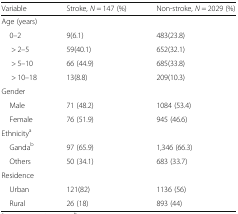
| Variable | Stroke, N = 147 (%) | Non-stroke, N = 2029 (%) |
 | --- | --- | --- |
 | <COLSPAN=3> Age (years) |
 | 0–2 | 9(6.1) | 483(23.8) |
 | > 2–5 | 59(40.1) | 652(32.1) |
 | > 5–10 | 66 (44.9) | 685(33.8) |
 | > 10–18 | 13(8.8) | 209(10.3) |
 | <COLSPAN=3> Gender |
 | Male | 71 (48.2) | 1084 (53.4) |
 | Female | 76 (51.9) | 945 (46.6) |
 | <COLSPAN=3> Ethnicitya |
 | Gandab | 97 (65.9) | 1,346 (66.3) |
 | Others | 50 (34.1) | 683 (33.7) |
 | <COLSPAN=3> Residence |
 | Urban | 121(82) | 1136 (56) |
 | Rural | 26 (18) | 893 (44) |